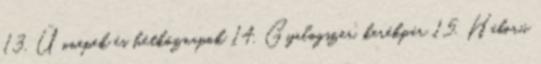
13. Ünnepek és hétköznapok 14. Gyalogszer, kerékpár 15. Háború